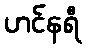
ဟင်နရီ